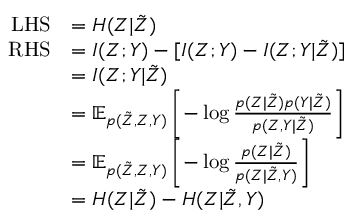
\begin{array} { r l } { \mathrm { L H S } } & { = H ( Z | \tilde { Z } ) } \\ { \mathrm { R H S } } & { = I ( Z ; Y ) - [ I ( Z ; Y ) - I ( Z ; Y | \tilde { Z } ) ] } \\ & { = I ( Z ; Y | \tilde { Z } ) } \\ & { = \mathbb { E } _ { p ( \tilde { Z } , Z , Y ) } \left[ - \log \frac { p ( Z | \tilde { Z } ) p ( Y | \tilde { Z } ) } { p ( Z , Y | \tilde { Z } ) } \right] } \\ & { = \mathbb { E } _ { p ( \tilde { Z } , Z , Y ) } \left[ - \log \frac { p ( Z | \tilde { Z } ) } { p ( Z | \tilde { Z } , Y ) } \right] } \\ & { = H ( Z | \tilde { Z } ) - H ( Z | \tilde { Z } , Y ) } \end{array}